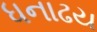
ધનાઢય